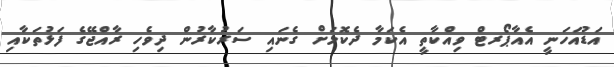
އަޑުއަހަނީ އެއާޕޯރޓް ވިއްކާތީ އެކަމާ ދެކޮޅަށް ގެނައި ސަރުކާރުން ދިވެހި ރާއްޖޭގެ ފަޅުތަކާއި